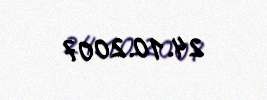
24.10.2007